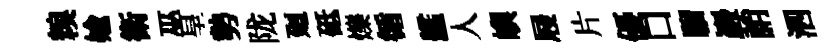
糗媮衛巫皇勢陇廻砥爍循艦人嶼屐片優口騮巖誚泗